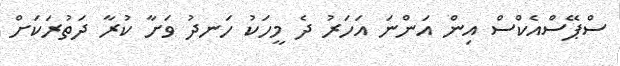
ސްޕޭސްއެކްސް އިން އަންނަ އަހަރު ދެ މީހަކު ހަނދު ވަށާ ކުރާ ދަތުރަކަށް